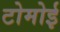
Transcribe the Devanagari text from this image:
टोमोई